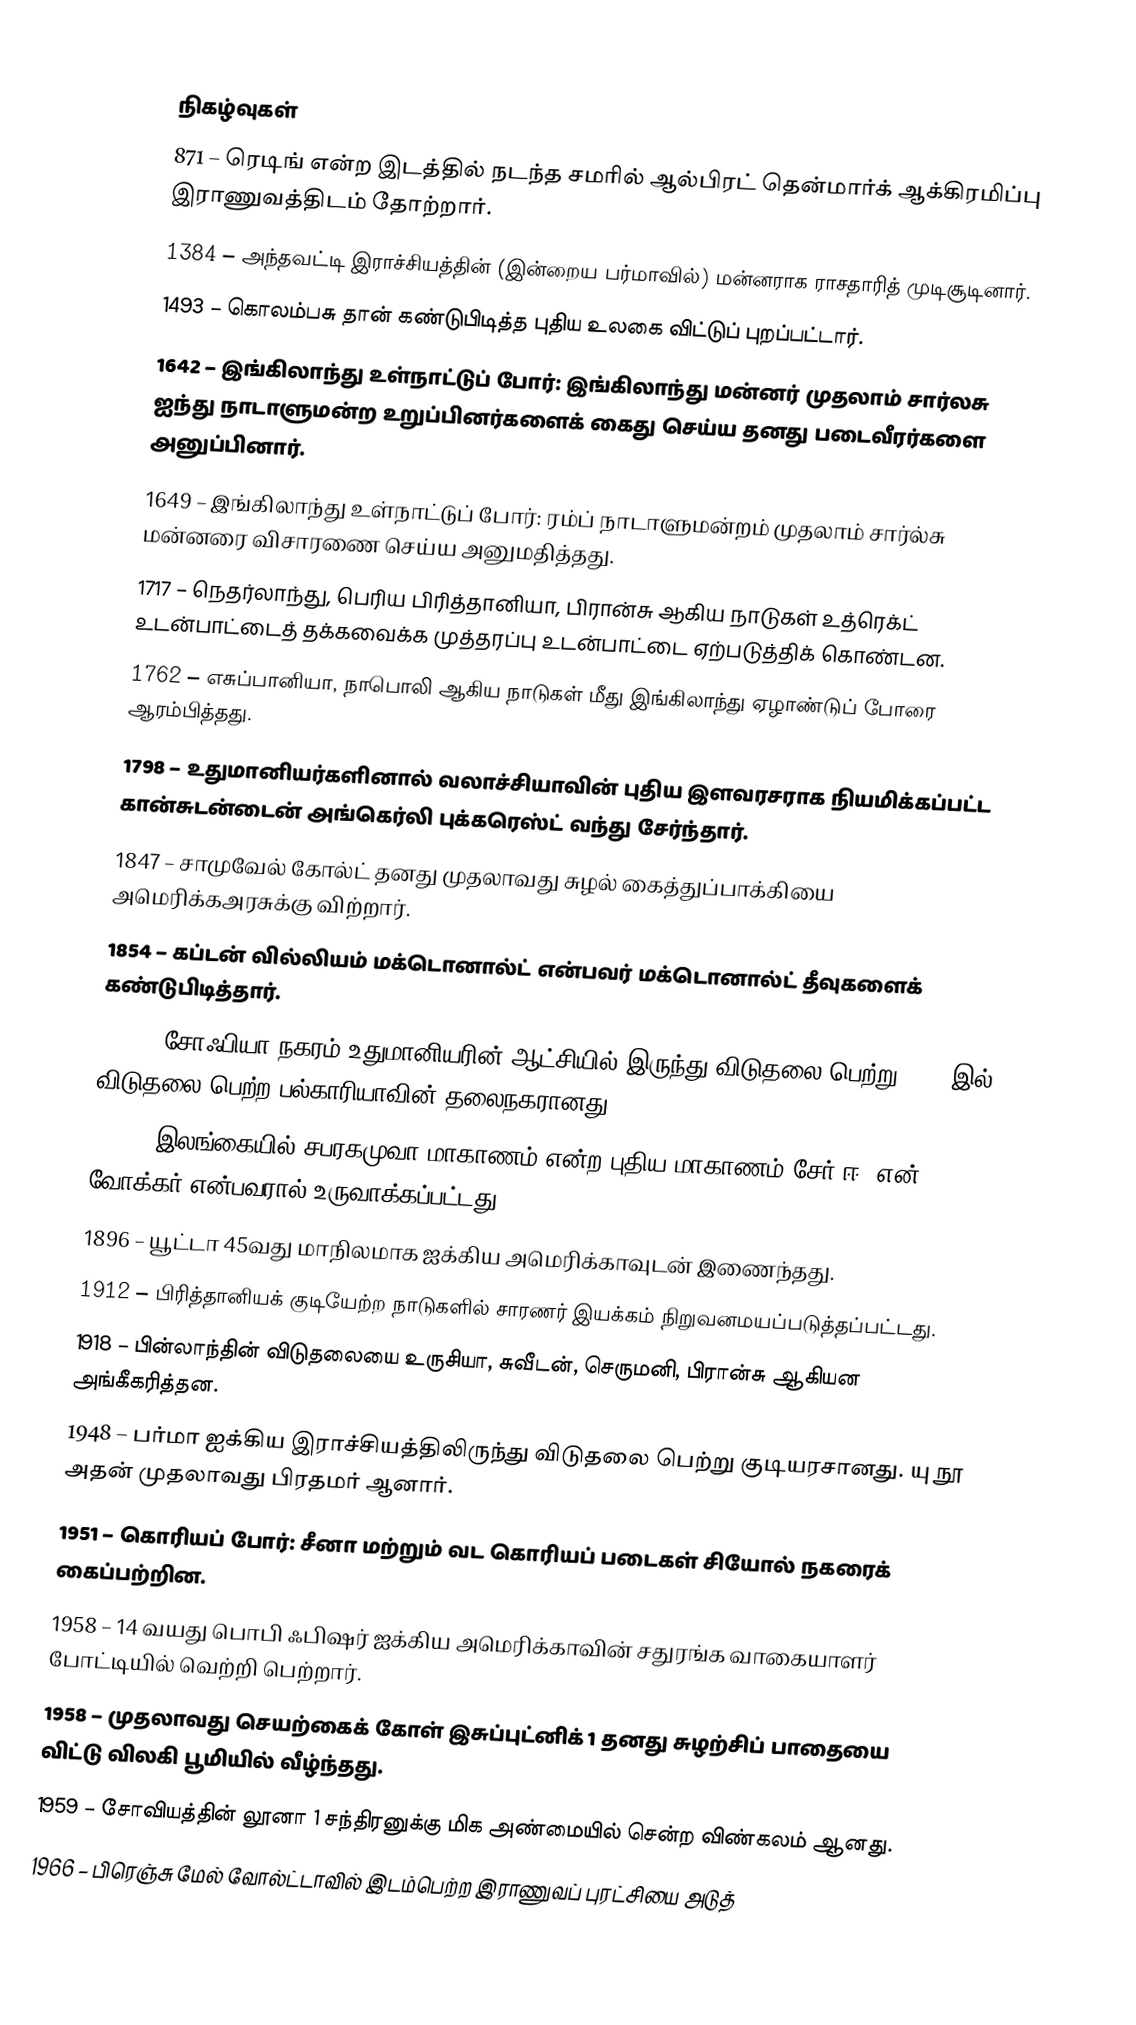

நிகழ்வுகள்
 871 – ரெடிங் என்ற இடத்தில் நடந்த சமரில் ஆல்பிரட் தென்மார்க் ஆக்கிரமிப்பு இராணுவத்திடம் தோற்றார்.
1384 – அந்தவட்டி இராச்சியத்தின் (இன்றைய பர்மாவில்) மன்னராக ராசதாரித் முடிசூடினார்.
1493 – கொலம்பசு தான் கண்டுபிடித்த புதிய உலகை விட்டுப் புறப்பட்டார்.
1642 – இங்கிலாந்து உள்நாட்டுப் போர்: இங்கிலாந்து மன்னர் முதலாம் சார்லசு ஐந்து நாடாளுமன்ற உறுப்பினர்களைக் கைது செய்ய தனது படைவீரர்களை அனுப்பினார்.
1649 – இங்கிலாந்து உள்நாட்டுப் போர்: ரம்ப் நாடாளுமன்றம் முதலாம் சார்ல்சு மன்னரை விசாரணை செய்ய அனுமதித்தது.
1717 – நெதர்லாந்து, பெரிய பிரித்தானியா, பிரான்சு ஆகிய நாடுகள் உத்ரெக்ட் உடன்பாட்டைத் தக்கவைக்க முத்தரப்பு உடன்பாட்டை ஏற்படுத்திக் கொண்டன.
1762 – எசுப்பானியா, நாபொலி ஆகிய நாடுகள் மீது இங்கிலாந்து ஏழாண்டுப் போரை ஆரம்பித்தது.
1798 – உதுமானியர்களினால் வலாச்சியாவின் புதிய இளவரசராக நியமிக்கப்பட்ட கான்சுடன்டைன் அங்கெர்லி புக்கரெஸ்ட் வந்து சேர்ந்தார்.
1847 – சாமுவேல் கோல்ட் தனது முதலாவது சுழல் கைத்துப்பாக்கியை அமெரிக்கஅரசுக்கு விற்றார்.
1854 – கப்டன் வில்லியம் மக்டொனால்ட் என்பவர் மக்டொனால்ட் தீவுகளைக் கண்டுபிடித்தார்.
1878 – சோஃபியா நகரம் உதுமானியரின் ஆட்சியில் இருந்து விடுதலை பெற்று 1879 இல் விடுதலை பெற்ற பல்காரியாவின் தலைநகரானது.
1889 – இலங்கையில் சபரகமுவா மாகாணம் என்ற புதிய மாகாணம் சேர் ஈ. என். வோக்கர் என்பவரால் உருவாக்கப்பட்டது.
1896 – யூட்டா 45வது மாநிலமாக ஐக்கிய அமெரிக்காவுடன் இணைந்தது.
1912 – பிரித்தானியக் குடியேற்ற நாடுகளில் சாரணர் இயக்கம் நிறுவனமயப்படுத்தப்பட்டது.
1918 – பின்லாந்தின் விடுதலையை உருசியா, சுவீடன், செருமனி, பிரான்சு ஆகியன அங்கீகரித்தன.
1948 – பர்மா ஐக்கிய இராச்சியத்திலிருந்து விடுதலை பெற்று குடியரசானது. யு நூ அதன் முதலாவது பிரதமர் ஆனார்.
1951 – கொரியப் போர்: சீனா மற்றும் வட கொரியப் படைகள் சியோல் நகரைக் கைப்பற்றின.
1958 – 14 வயது பொபி ஃபிஷர் ஐக்கிய அமெரிக்காவின் சதுரங்க வாகையாளர் போட்டியில் வெற்றி பெற்றார்.
1958 – முதலாவது செயற்கைக் கோள் இசுப்புட்னிக் 1 தனது சுழற்சிப் பாதையை விட்டு விலகி பூமியில் வீழ்ந்தது.
1959 – சோவியத்தின் லூனா 1 சந்திரனுக்கு மிக அண்மையில் சென்ற விண்கலம் ஆனது.
1966 – பிரெஞ்சு மேல் வோல்ட்டாவில் இடம்பெற்ற இராணுவப் புரட்சியை அடுத்